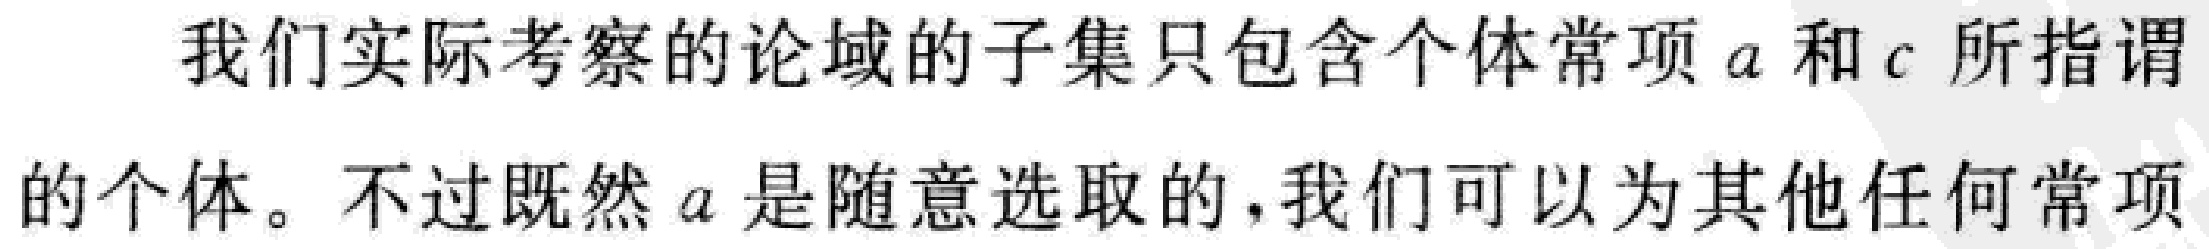
我们实际考察的论域的子集只包含个体常项\(a\)和\(c\)所指谓的个体。不过既然\(a\)是随意选取的，我们可以为其他任何常项